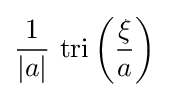
{\frac {1}{|a|}}\,\operatorname {tri} \left({\frac {\xi }{a}}\right)